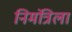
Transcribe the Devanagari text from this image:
निमंत्रिला